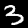
Label: 3